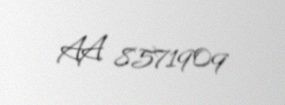
AA 8571909